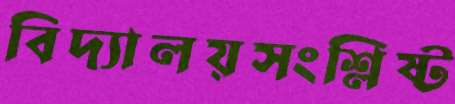
বিদ্যালয়সংশ্লিষ্ট